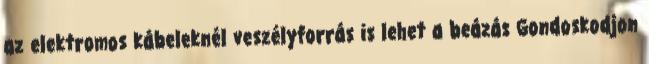
az elektromos kábeleknél veszélyforrás is lehet a beázás Gondoskodjon